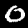
Label: 0